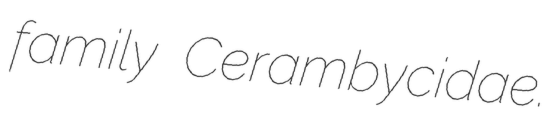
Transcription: family Cerambycidae.